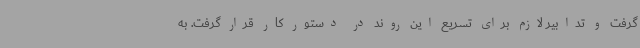
گرفت و تدابیر لازم برای تسریع این روند در دستور کار قرار گرفت. به